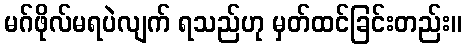
မဂ်ဖိုလ်မရပဲလျက် ရသည်ဟု မှတ်ထင်ခြင်းတည်း။